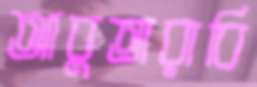
আবুতারাবি